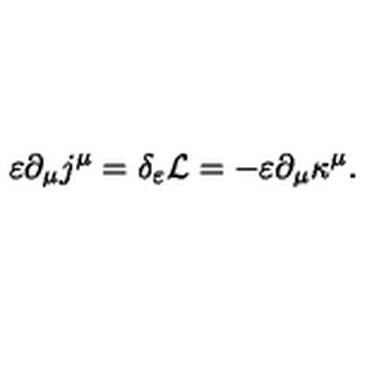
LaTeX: \varepsilon \partial _ { \mu } j ^ { \mu } = \delta _ { \varepsilon } { \cal { L } } = - \varepsilon \partial _ { \mu } \kappa ^ { \mu } .